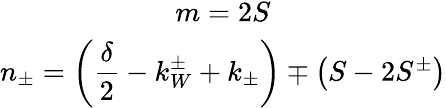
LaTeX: \begin{array}{c}{{m=2S}}\\ {{n_{\pm}=\left(\displaystyle\frac{\delta}{2}-k_{W}^{\pm}+k_{\pm}\right)\mp\left(S-2S^{\pm}\right)}}\end{array}